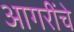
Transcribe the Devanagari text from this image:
आगरींचे